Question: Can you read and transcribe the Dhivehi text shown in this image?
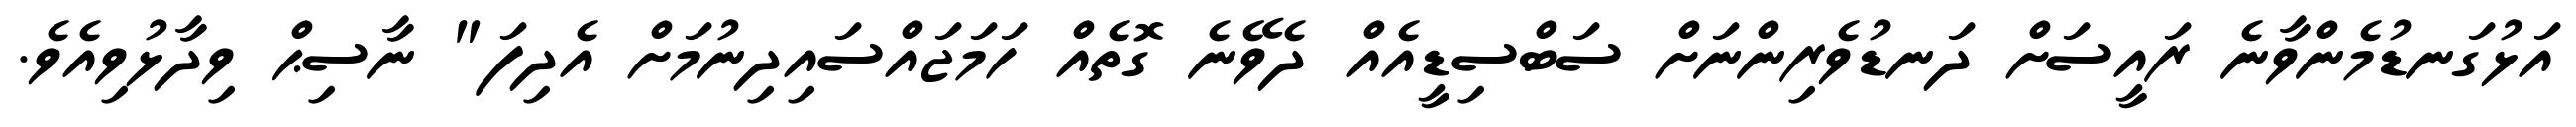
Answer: އަޅުގަނޑުމެންވާނެ ރައީސަށް ދަނޑުވެރިންނަށް ސަބްސިޑީއެއް ދެވޭނެ ގޮތެއް ހަމަޖައްސައިދިނުމަށް އެދިފަ" ނާސިޙް ވިދާޅުވިއެވެ.